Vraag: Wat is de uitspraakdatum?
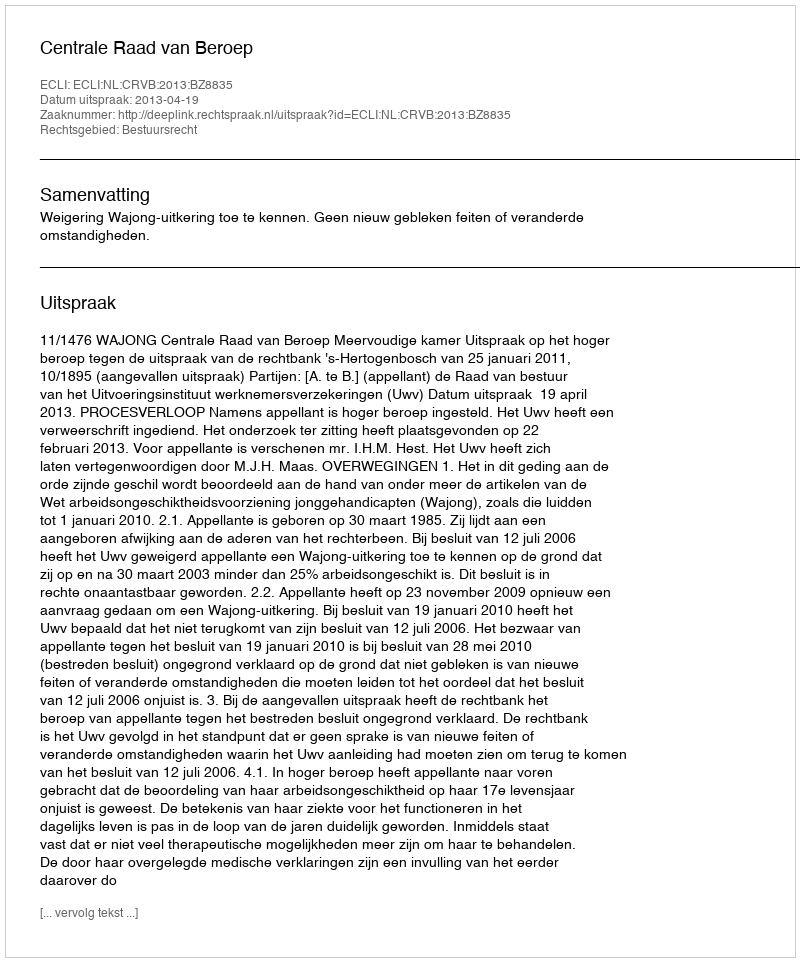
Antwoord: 2013-04-19